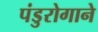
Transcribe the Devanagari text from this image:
पंडुरोगाने